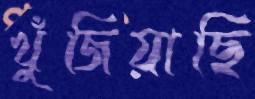
খুঁজিয়াছি